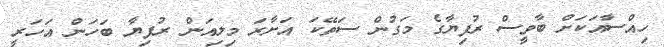
ހިއްސާއަކަށް ބާވީސް ރުފިޔާގެ މަގުން ސަތޭކަ އަށާރަ މިލިއަން ރުފިޔާ ބަހަން އަހަރީ